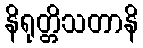
နိရုတ္တိသတာနိ